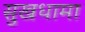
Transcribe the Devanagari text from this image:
सुखधामा